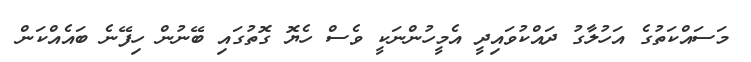
މަސައްކަތުގެ އަހުލާގު ދައްކުވައިދީ އެމީހުންނަކީ ވެސް ހެޔޮ ގޮތުގައި ބޭނުން ހިފޭނެ ބައެއްކަން